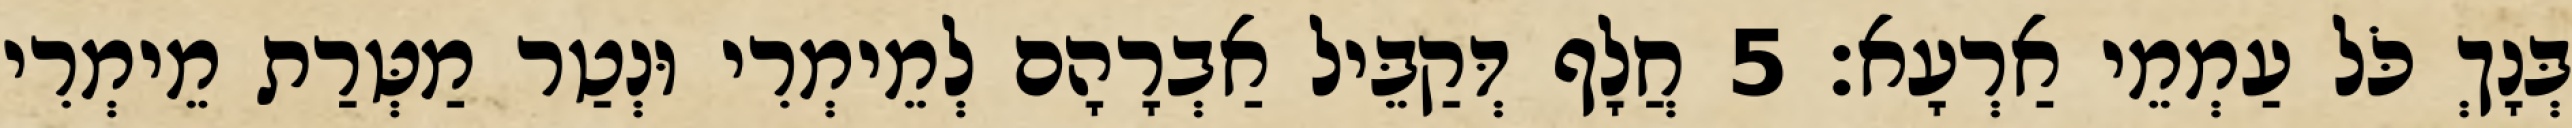
בְּנָךְ כֹּל עַמְמֵי אַרְעָא׃ 5 חֲלָף דְּקַבֵּיל אַבְרָהָם לְמֵימְרִי וּנְטַר מַטְּרַת מֵימְרִי